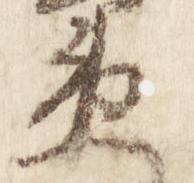
衛